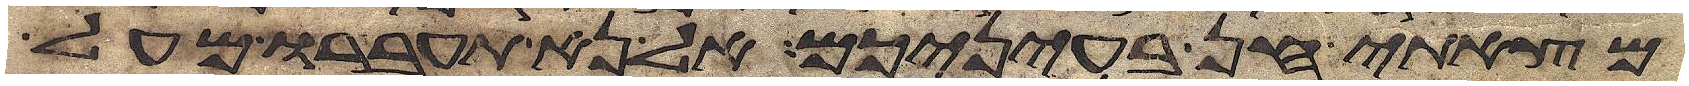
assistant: מצאתי חן בעיניכם אל נא תעברו מעל